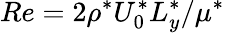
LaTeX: Re=2\rho^{*}U_{0}^{*}L_{y}^{*}/\mu^{*}